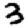
Digit: 3